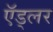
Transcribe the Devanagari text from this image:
ऍड्लर